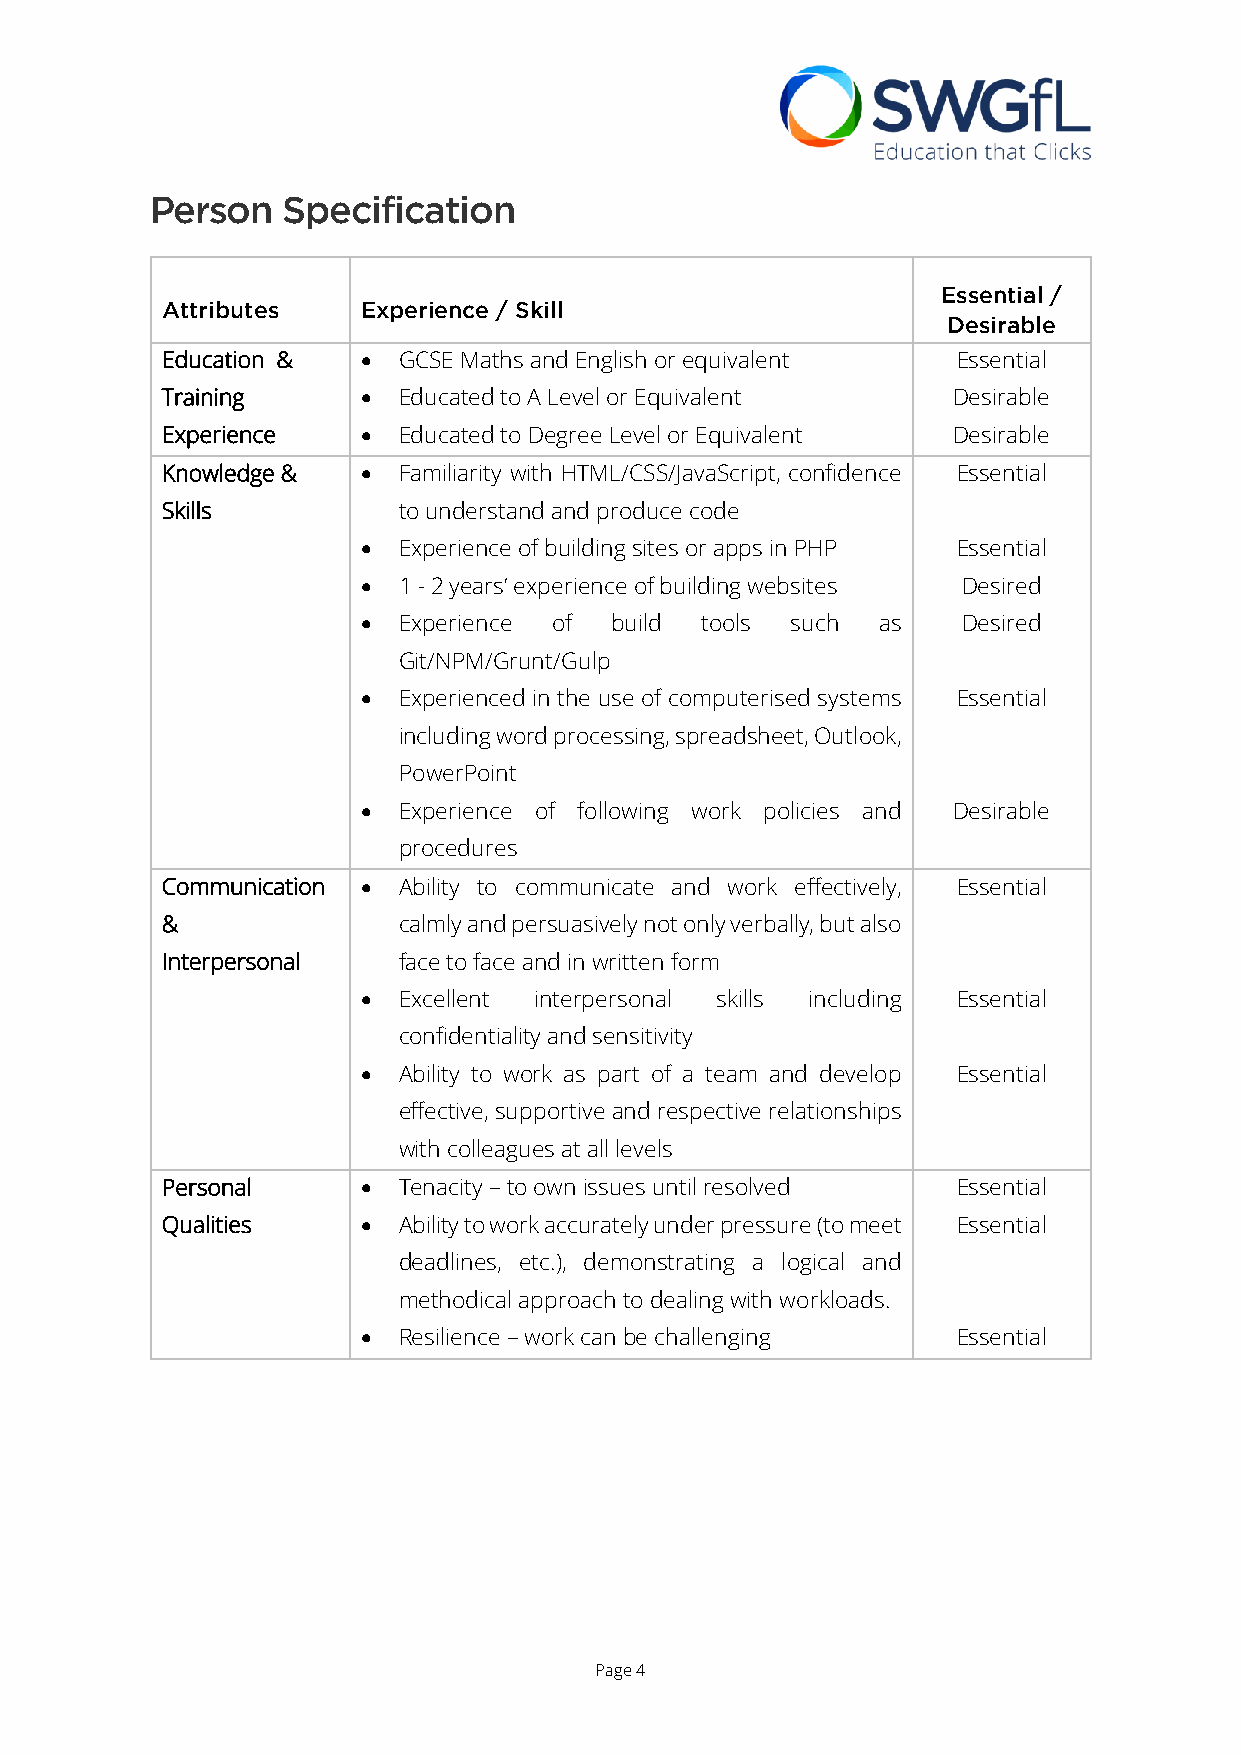
Person   Specification
 Essential /
 Attributes   Experience / Skill
 Desirable
 Education &   GCSE Maths and English or equivalent Essential
 Training      Educated to A Level or Equivalent    Desirable
 Experience    Educated to Degree Level or Equivalent Desirable
 Knowledge &   Familiarity with HTML/CSS/JavaScript, confidence Essential
 Skills         to understand and produce code
  Experience of building sites or apps in PHP Essential
  1 - 2 years’ experience of building websites Desired
  Experience of build tools such  as    Desired
 Git/NPM/Grunt/Gulp
  Experienced in the use of computerised systems Essential
 including word processing, spreadsheet, Outlook,
 PowerPoint
  Experience of following work policies and Desirable
 procedures
 Communication  Ability to communicate and work effectively, Essential
 &              calmly and persuasively not only verbally, but also
 Interpersonal  face to face and in written form
  Excellent interpersonal skills including Essential
 confidentiality and sensitivity
  Ability to work as part of a team and develop Essential
 effective, supportive and respective relationships
 with colleagues at all levels
 Personal      Tenacity – to own issues until resolved Essential
 Qualities     Ability to work accurately under pressure (to meet Essential
 deadlines, etc.), demonstrating a logical and
 methodical approach to dealing with workloads.
  Resilience – work can be challenging Essential
 Page 4